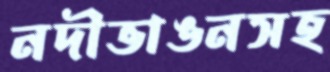
নদীভাঙনসহ